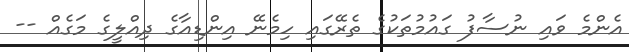
އެންމެ ވައި ނުސާފު ގައުމުތަކުގެ ތެރޭގައި ހިމެނޭ އިންޑިއާގެ ދިއްލީގެ މަގެއް --